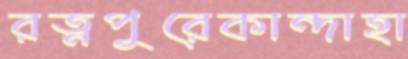
রত্নপুরেকান্দাহা